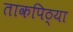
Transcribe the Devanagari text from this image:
ताकपिठ्या